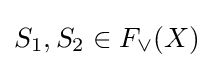
S_{1},S_{2}\in F_{\vee }(X)